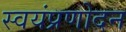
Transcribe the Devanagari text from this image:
स्वयंप्रणोदन